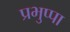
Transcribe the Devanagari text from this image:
प्रभुप्पा